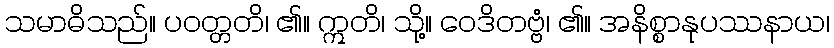
သမာဓိသည်။ ပဝတ္တတိ၊ ၏။ ဣတိ၊ သို့။ ဝေဒိတဗ္ဗံ၊ ၏။ အနိစ္စာနုပဿနာယ၊